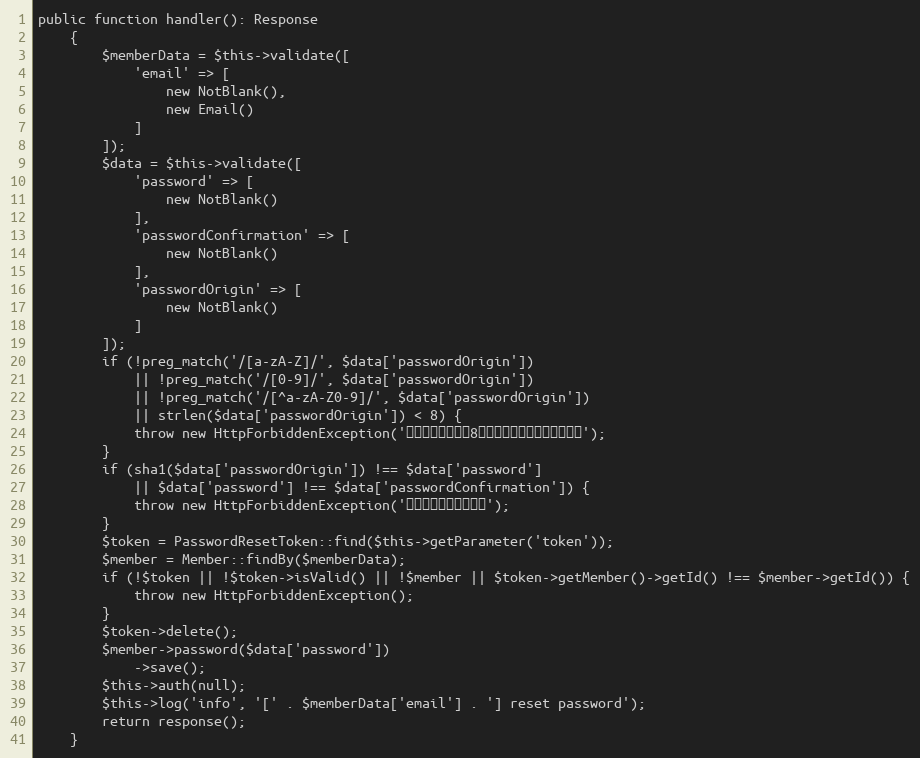
Language: PHP
public function handler(): Response
    {
        $memberData = $this->validate([
            'email' => [
                new NotBlank(),
                new Email()
            ]
        ]);
        $data = $this->validate([
            'password' => [
                new NotBlank()
            ],
            'passwordConfirmation' => [
                new NotBlank()
            ],
            'passwordOrigin' => [
                new NotBlank()
            ]
        ]);
        if (!preg_match('/[a-zA-Z]/', $data['passwordOrigin'])
            || !preg_match('/[0-9]/', $data['passwordOrigin'])
            || !preg_match('/[^a-zA-Z0-9]/', $data['passwordOrigin'])
            || strlen($data['passwordOrigin']) < 8) {
            throw new HttpForbiddenException('密码太弱，需至少8位并且包含字母数字以及字符');
        }
        if (sha1($data['passwordOrigin']) !== $data['password']
            || $data['password'] !== $data['passwordConfirmation']) {
            throw new HttpForbiddenException('两次输入的密码不一样');
        }
        $token = PasswordResetToken::find($this->getParameter('token'));
        $member = Member::findBy($memberData);
        if (!$token || !$token->isValid() || !$member || $token->getMember()->getId() !== $member->getId()) {
            throw new HttpForbiddenException();
        }
        $token->delete();
        $member->password($data['password'])
            ->save();
        $this->auth(null);
        $this->log('info', '[' . $memberData['email'] . '] reset password');
        return response();
    }